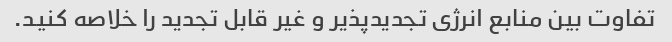
تفاوت بین منابع انرژی تجدیدپذیر و غیر قابل تجدید را خلاصه کنید.